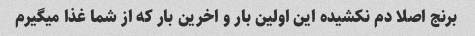
برنج اصلا دم نکشیده این اولین بار و اخرین بار که از شما غذا میگیرم